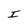
Character: I